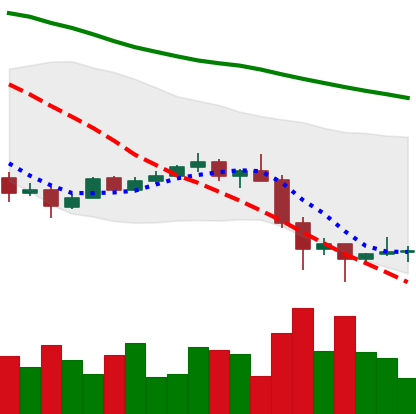
Ticker: TRX-USD
Chart end date: 2022-01-27
Forward return: 6.141%
Label: up_5_7